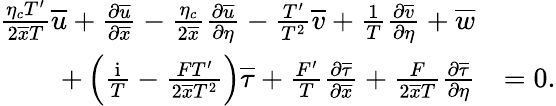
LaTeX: \begin{array}{rl}{\frac{\eta_{c}T^{\prime}}{2\overline{{x}}T}\overline{{u}}+\frac{\partial\overline{{u}}}{\partial\overline{{x}}}-\frac{\eta_{c}}{2\overline{{x}}}\frac{\partial\overline{{u}}}{\partial\eta}-\frac{T^{\prime}}{T^{2}}\overline{{v}}+\frac{1}{T}\frac{\partial\overline{{v}}}{\partial\eta}+\overline{{w}}}&{}\\ {+\left(\frac{\mathrm{i}}{T}-\frac{FT^{\prime}}{2\overline{{x}}T^{2}}\right)\overline{{\tau}}+\frac{F^{\prime}}{T}\frac{\partial\overline{{\tau}}}{\partial\overline{{x}}}+\frac{F}{2\overline{{x}}T}\frac{\partial\overline{{\tau}}}{\partial\eta}}&{=0.}\end{array}